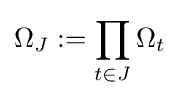
\Omega _{J}:=\prod _{t\in J}\Omega _{t}